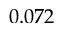
0 . 0 7 2